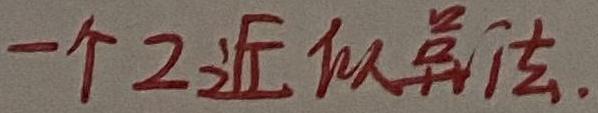
一个2近似算法.